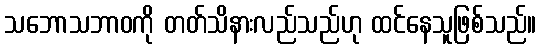
သဘောသဘာဝကို တတ်သိနားလည်သည်ဟု ထင်နေသူဖြစ်သည်။